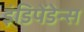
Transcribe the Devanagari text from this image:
इंडिपेंडेन्स